Report of the Imperial Institute of Veterinary Research, Muktesar
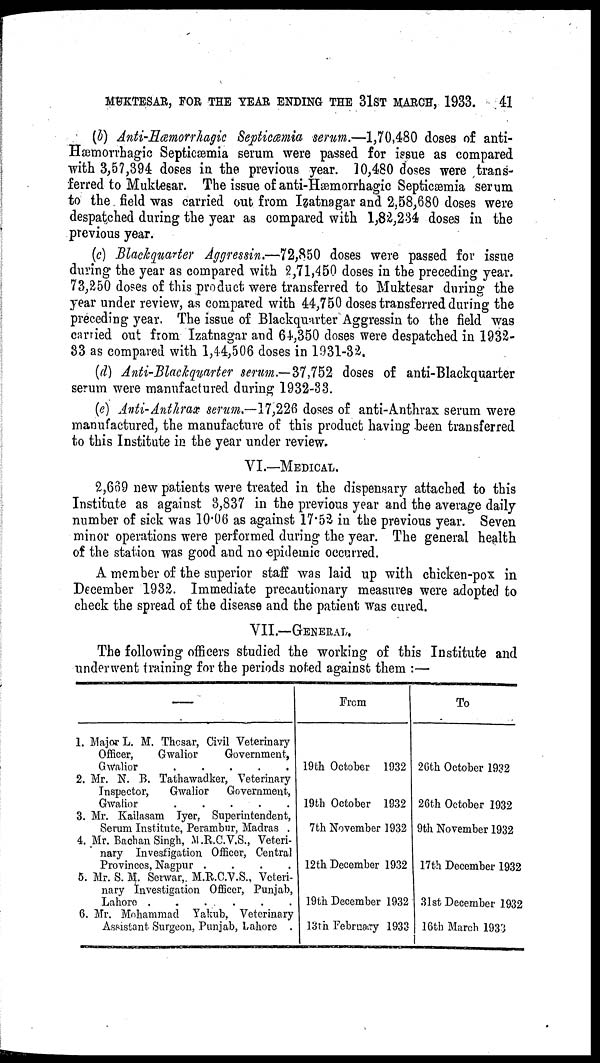
MUKTESAR, FOR THE YEAR ENDING THE 31ST MARCH, 1933.
41
(b) Anti-Hœmorrhagic Septicæmia serum.—1,70,480 doses of anti¬
Hæmorrhagic Septicæmia serum were passed for issue as compared
with 3,57,394 doses in the previous year. 10,480 doses were trans-
ferred to Muktesar. The issue of anti-Hæmorrhagic Septicæmia serum
to the field was carried out from Izatnagar and 2,58,680 doses were
despatched during the year as compared with 1,82,234 doses in the
previous year.
(c) Blackquarter Aggressin.—72,850 doses were passed for issue
during the year as compared with 2,71,450 doses in the preceding year.
73,250 doses of this product were transferred to Muktesar during the
year under review, as compared with 44,750 doses transferred during the
preceding year. The issue of Blackquarter Aggressin to the field was
carried out from Izatnagar and 64,350 doses were despatched in 1932-
33 as compared with 1,44,506 doses in 1931-32.
(d) Anti-Blackquarter serum.—37,752 doses of anti-Blackquarter
serum were manufactured during 1932-33.
(e) Anti-Anthrax serum.—17,226 doses of anti-Anthrax serum were
manufactured, the manufacture of this product having been transferred
to this Institute in the year under review.
VI.—MEDICAL.
2,669 new patients were treated in the dispensary attached to this
Institute as against 3,837 in the previous year and the average daily
number of sick was 10.06 as against 17.52 in the previous year. Seven
minor operations were performed during the year. The general health
of the station was good and no epidemic occurred.
A member of the superior staff was laid up with chicken-pox in
December 1932. Immediate precautionary measures were adopted to
check the spread of the disease and the patient was cured.
VII.—GENERAL.
The following officers studied the working of this Institute and
underwent training for the periods noted against them :—
1.
2.
3.
4.
5.
6.
Major L. M. Thosar, Civil Veterinary
Officer,
Gwalior
Government,
Gwalior
.....
Mr. N. B. Tathawadker, Veterinary
Inspector,
Gwalior Government,
Gwalior
Mr. Kailasam Iyer, Superintendent,
Serum Institute, Perambur, Madras .
Mr. Bachan Singh, M.R.C.V.S., Veteri-
nary Investigation Officer, Central
Provinces, Nagpur
....
Mr. S. M. Serwar, M.R.C.V.S., Veteri-
nary Investigation Officer, Punjab,
Lahore
......
Mr. Mohammad Yakub, Veterinary
Assistant Surgeon, Punjab, Lahore .
From
19th October 1932
19th October 1932
7th November 1932
12th December 1932
19th December 1932
13th February 1933
To
26th October 1932
26th October 1932
9th November 1932
17th December 1932
31st December 1932
16th March 1933